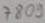
Text: 7809